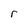
Character: r